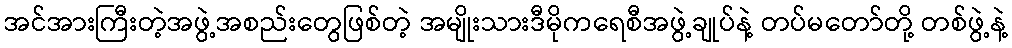
အင်အားကြီးတဲ့အဖွဲ့အစည်းတွေဖြစ်တဲ့ အမျိုးသားဒီမိုကရေစီအဖွဲ့ချုပ်နဲ့ တပ်မတော်တို့ တစ်ဖွဲ့နဲ့